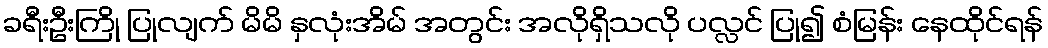
ခရီးဦးကြို ပြုလျက် မိမိ နှလုံးအိမ် အတွင်း အလိုရှိသလို ပလ္လင် ပြု၍ စံမြန်း နေထိုင်ရန်